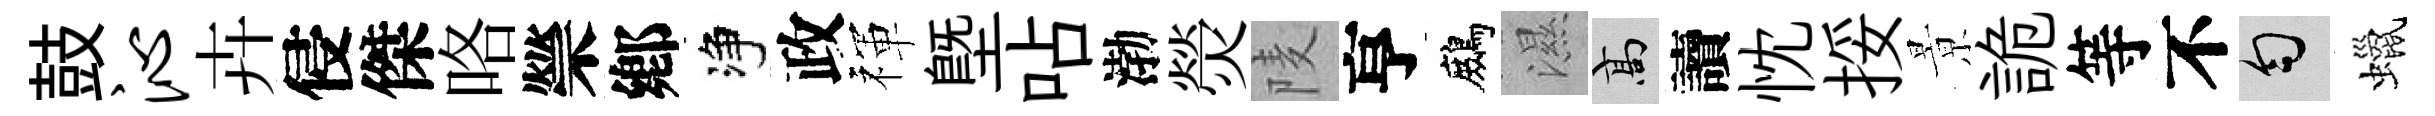
鼓沁卉侵傑咯禜鄕净政禈塈呫渤熒𨹧亨鷓濕高讀忱挼㬌詭等不匀蠟